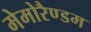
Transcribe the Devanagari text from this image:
मेमोरैण्डम